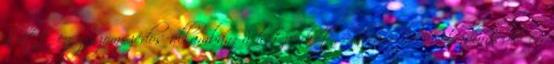
alatt egy szomszédos államban: a hetvenkét, Salvadorból, Hondurasból és